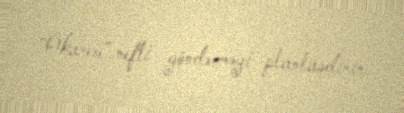
“Okarem” nefti göndərməyi planlaşdırır.